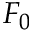
F _ { 0 }